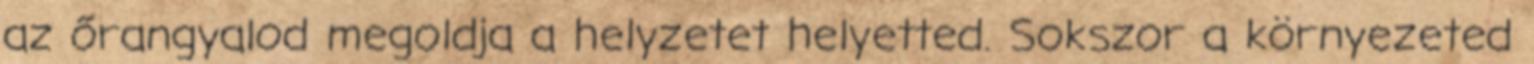
az őrangyalod megoldja a helyzetet helyetted. Sokszor a környezeted